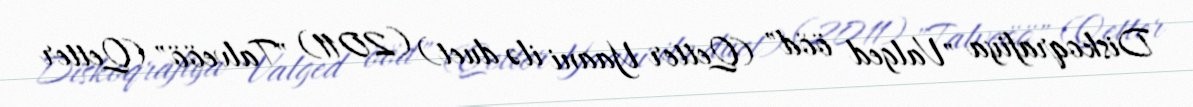
Diskoqrafiya "Valged ööd" (Qetter Yaani ilə duet) (2011) "Talveöö" (Qetter